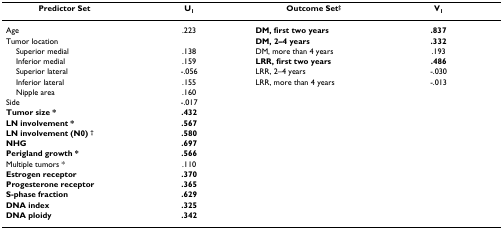
| Predictor Set | U1 | Outcome Set‡ | V1 |
 | --- | --- | --- | --- |
 | Age | .223 | DM, first two years | .837 |
 | Tumor location |  | DM, 2–4 years | .332 |
 | Superior medial | .138 | DM, more than 4 years | .193 |
 | Inferior medial | .159 | LRR, first two years | .486 |
 | Superior lateral | -.056 | LRR, 2–4 years | -.030 |
 | Inferior lateral | .155 | LRR, more than 4 years | -.013 |
 | Nipple area | .160 |  |  |
 | Side | -.017 |  |  |
 | Tumor size * | .432 |  |  |
 | LN involvement * | .567 |  |  |
 | LN involvement (N0) † | .580 |  |  |
 | NHG | .697 |  |  |
 | Perigland growth * | .566 |  |  |
 | Multiple tumors * | .110 |  |  |
 | Estrogen receptor | .370 |  |  |
 | Progesterone receptor | .365 |  |  |
 | S-phase fraction | .629 |  |  |
 | DNA index | .325 |  |  |
 | DNA ploidy | .342 |  |  |